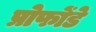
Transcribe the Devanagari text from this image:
प्रोफोंडे